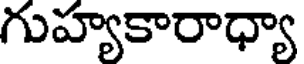
గుహ్యకారాధ్యా